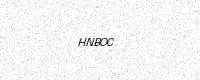
Text: HNBOC